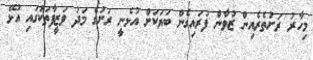
މިހާރު ރަށުތެރެއިން ޒުވާން ފުރައިގެން ބަޔަކަށް އުޅެނީ ރަށުގެ މަދު ވަޒީފާތަކުގައި އުޅޭ